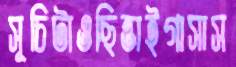
সূচিটাওছিন্তাইগাসাস